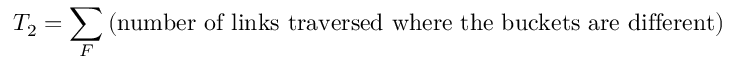
T _ { 2 } = \sum _ { F } { \mathrm { ( n u m b e r ~ o f ~ l i n k s ~ t r a v e r s e d ~ w h e r e ~ t h e ~ b u c k e t s ~ a r e ~ d i f f e r e n t ) } }